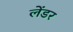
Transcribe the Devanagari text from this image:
लेंडर